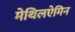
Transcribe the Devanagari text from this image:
मेथिलऐमिन